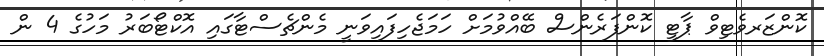
ކޮންޒަރވެޓިވް ޕާޓީ ކޮންފަރެންސް ބޭއްވުމަށް ހަމަޖެހިފައިވަނީ މެންޗެސްޓާގައި އޮކްޓޯބަރު މަހުގެ 4 ން